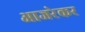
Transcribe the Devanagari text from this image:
आजरेकर